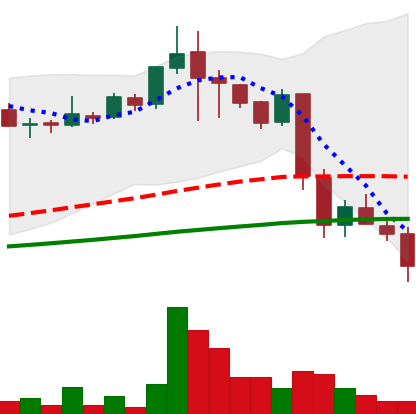
Ticker: LINK-USD
Chart end date: 2018-11-24
Forward return: 21.16%
Label: up_7plus